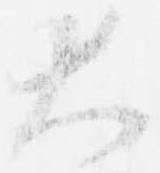
大